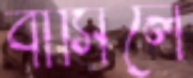
বাসিলে